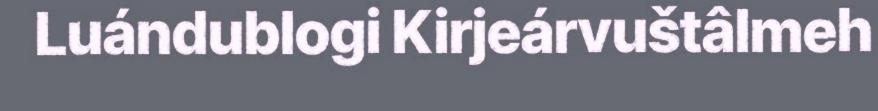
Luándublogi Kirjeárvuštâlmeh